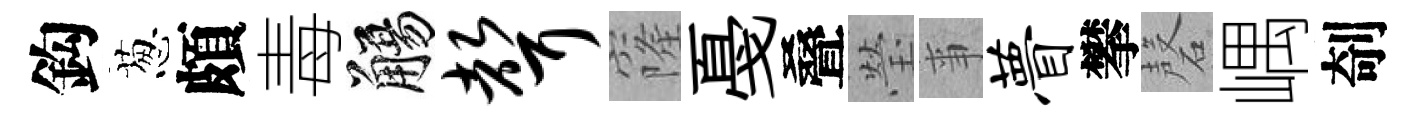
鈎葱頗毒觴声窿戞叠瑩亊瞢攀磬嵎剞